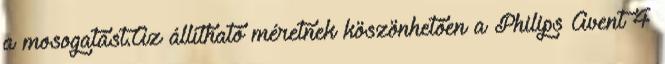
a mosogatást.Az állítható méretnek köszönhetően a Philips Avent 4